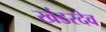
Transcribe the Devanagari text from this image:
खंडरदेव